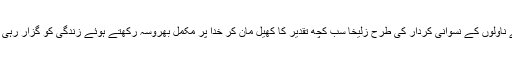
اپنے ناولوں کے نسوانی کردار کی طرح زُلیخا سب کچھ تقدیر کا کھیل مان کر خدا پر مکمل بھروسہ رکھتے ہوئے زندگی کو گزار رہی ہیں۔